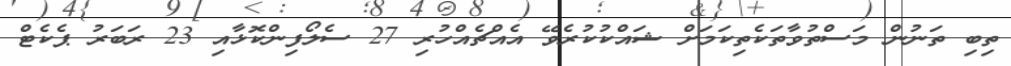
ތިބި ތަނުން މަސްތުވާތަކެތިކަމަށް ޝައްކުކުރެވޭ އެއްޗެއްހުރި 27 ސެލޯފިންކޮޅާއި 23 ރަބަރު ޕެކެޓް